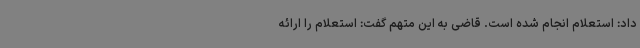
داد: استعلام انجام شده است. قاضی به این متهم گفت: استعلام را ارائه